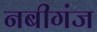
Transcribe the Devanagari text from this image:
नबीगंज